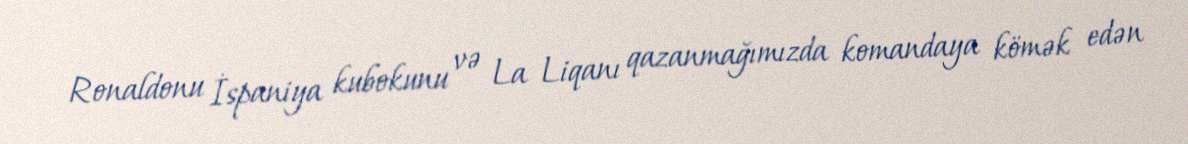
Ronaldonu İspaniya kubokunu və La Liqanı qazanmağımızda komandaya kömək edən